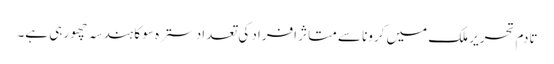
تادم تحریر ملک میں کرونا سے متاثر افراد کی تعداد سترہ سو کا ہندسہ چھو رہی ہے۔